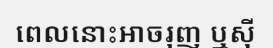
ពេលនោះអាចរុញ ឬស៊ី